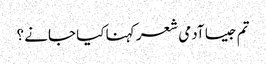
تم جیسا آدمی شعر کہنا کیا جانے ؟